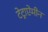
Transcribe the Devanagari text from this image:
टेट्राऐमीन